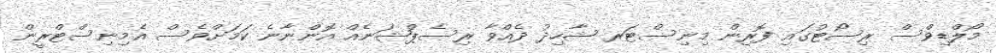
މޯލްޑިވްސް ރިސޯޓުގައި ފޮރިން މިނިސްޓަރ ޝާހިދު ދެއްވާ ރިސެޕްޝަނެއް އޮންނާނެ ކަމަށްވެސް އެމިނިސްޓްރީން